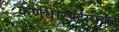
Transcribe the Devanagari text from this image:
कर्णधारपदापर्यंत